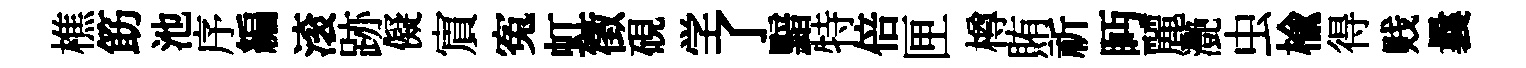
樵筯池序編滚跡儗賔寃虹徵硯学了黯特倍匣樽賄祈眄麗灧虫榆得贱曩